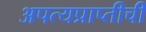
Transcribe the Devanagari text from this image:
अपत्यप्राप्तीची